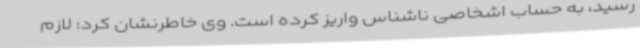
رسید، به حساب اشخاصی ناشناس واریز کرده است. وی خاطرنشان کرد: لازم